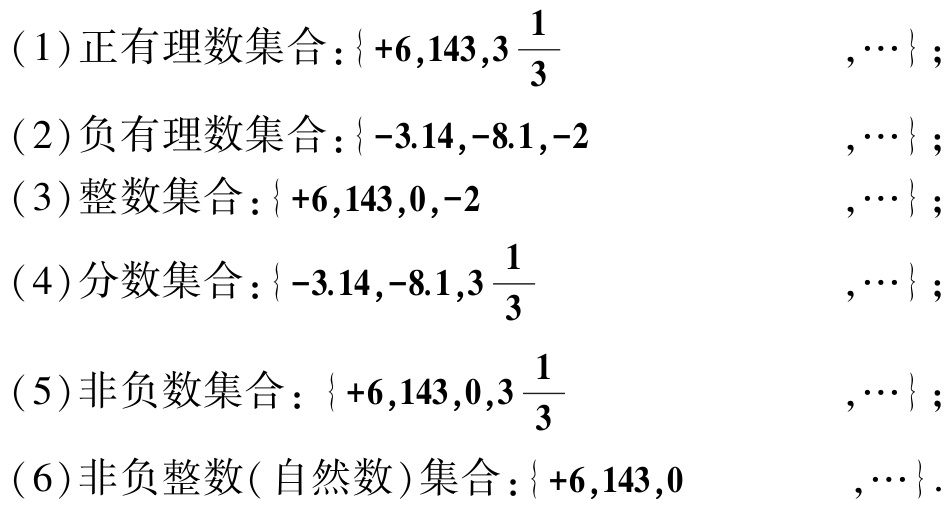
（1）正有理数集合：\(\{ +6,143,3\frac{1}{3},\cdots\}\)；
（2）负有理数集合：\(\{ -3.14,-8.1,-2,\cdots\}\)；
（3）整数集合：\(\{ +6,143,0,-2,\cdots\}\)；
（4）分数集合：\(\{ -3.14,-8.1,3\frac{1}{3},\cdots\}\)；
（5）非负数集合：\(\{ +6,143,0,3\frac{1}{3},\cdots\}\)；
（6）非负整数( 自然数）集合：\(\{ +6,143,0,\cdots\}\)。